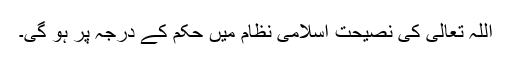
اللہ تعالیٰ کی نصیحت اسلامی نظام میں حکم کے درجہ پر ہو گی۔